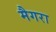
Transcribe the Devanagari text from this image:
मैगरा